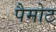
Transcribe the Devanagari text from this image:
पैमोट